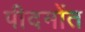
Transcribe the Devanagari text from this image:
पीदमोंत